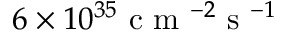
6 \times 1 0 ^ { 3 5 } \mathrm { ~ c ~ m ~ } ^ { - 2 } \mathrm { ~ s ~ } ^ { - 1 }